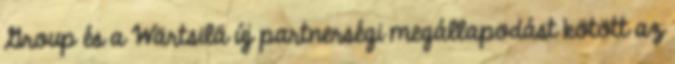
Group és a Wärtsilä új partnerségi megállapodást kötött az